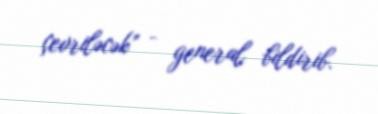
çevriləcək” - general bildirib.